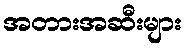
အတားအဆီးများ